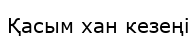
Қасым хан кезеңі